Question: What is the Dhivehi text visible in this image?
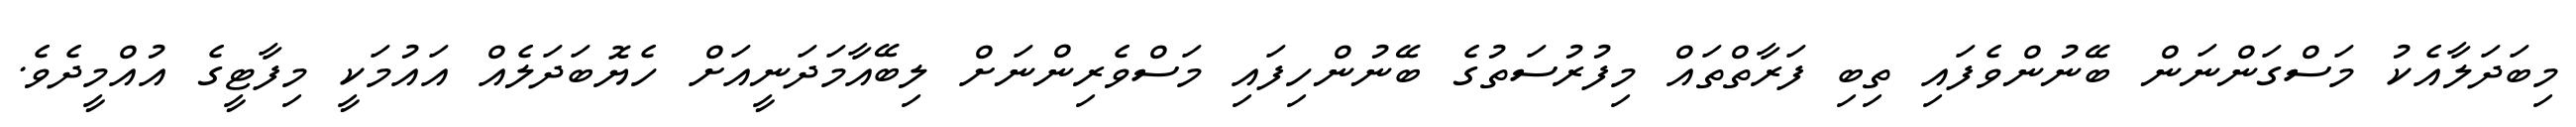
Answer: މިބަދަލާއެކު މަސްގަންނަން ބޭނުންވެފައި ތިބި ފަރާތްތައް މިފުރުސަތުގެ ބޭނުންހިފައި މަސްވެރިންނަށް ލިބޭއާމަދަނީއަށް ހެޔޮބަދަލެއް އައުމަކީ މިފާޓީގެ އުއްމީދެވެ.